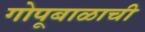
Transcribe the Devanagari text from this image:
गोपूबाळाची